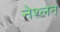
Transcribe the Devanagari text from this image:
नेश्लन